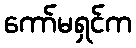
ကော်မရှင်က